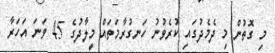
މި ގޮތުން މި ދެމެދުގައި ކުރެވުނު ހަނގުރާމަތައް މީލާދުގެ 45 ވަނަ އަހަރާ